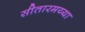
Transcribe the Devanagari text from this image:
सीतारमय्या